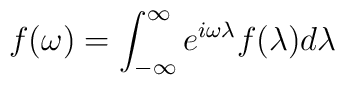
f(\omega)=\int_{-\infty}^{\infty}e^{i\omega\lambda}f(\lambda)d\lambda